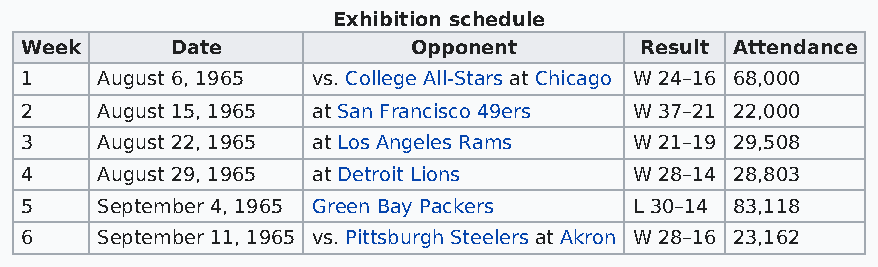
Exhibition schedule
 Week      Date            Opponent       Result Attendance
 1    August 6, 1965 vs. College All-Stars at Chicago W 24–16 68,000
 2    August 15, 1965 at San Francisco 49ers W 37–21 22,000
 3    August 22, 1965 at Los Angeles Rams W 21–19 29,508
 4    August 29, 1965 at Detroit Lions    W 28–14 28,803
 5    September 4, 1965 Green Bay Packers L 30–14 83,118
 6    September 11, 1965 vs. Pittsburgh Steelers at Akron W 28–16 23,162